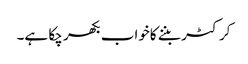
کرکٹر بننے کاخواب بکھر چکا ہے۔